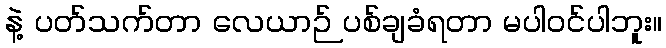
နဲ့ ပတ်သက်တာ လေယာဉ် ပစ်ချခံရတာ မပါဝင်ပါဘူး။